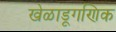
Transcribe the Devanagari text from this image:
खेळाडूगणिक